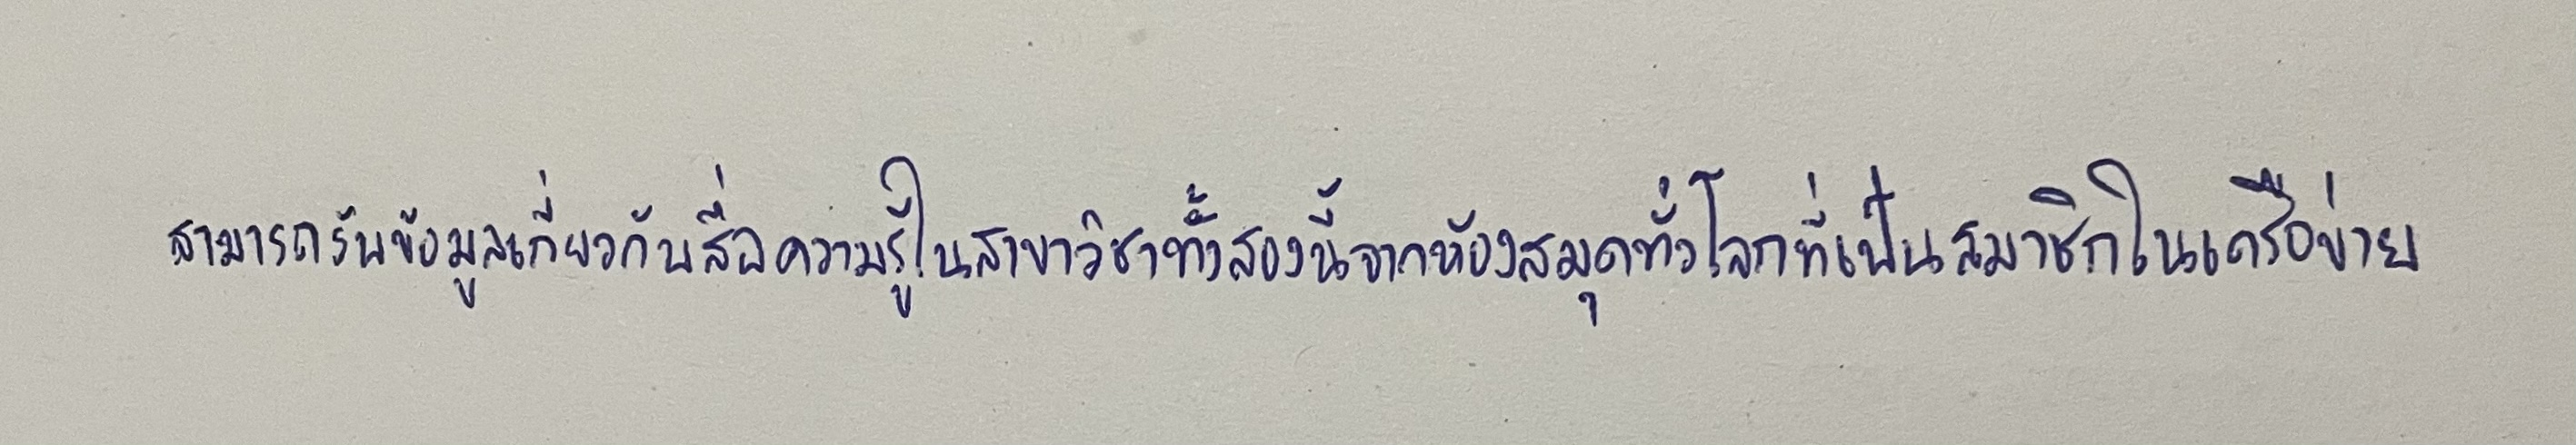
สามารถรับข้อมูลเกี่ยวกับสื่อความรู้ในสาขาวิชาทั้งสองนี้จากห้องสมุดทั่วโลกที่เป็นสมาชิกในเครือข่าย